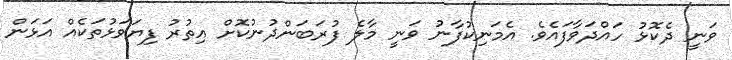
ވަނީ ދެކޮޅު ހައްދަވާފައެވެ. އެމަނިކުފާނު ވަނީ މާލެ ފުރަބަންދުނުކޮށް އިތުރު ފިޔަވަޅުތަކެއް އަޅަން